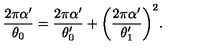
\frac { 2 \pi \alpha ^ { \prime } } { \theta _ { 0 } } = \frac { 2 \pi \alpha ^ { \prime } } { \theta _ { 0 } ^ { \prime } } + \biggl ( \frac { 2 \pi \alpha ^ { \prime } } { \theta _ { 1 } ^ { \prime } } \biggr ) ^ { 2 } .